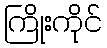
ကြိုးကိုင်